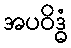
အပဝိဒ္ဓံ